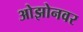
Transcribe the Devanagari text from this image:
ओझोनवर